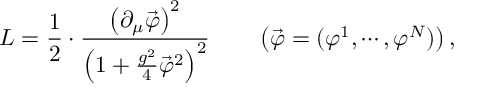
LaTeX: { \cal L } = \frac { 1 } { 2 } \cdot \frac { \left( \partial _ { \mu } \vec { \varphi } \right) ^ { 2 } } { \left( 1 + \frac { g ^ { 2 } } { 4 } \vec { \varphi } ^ { 2 } \right) ^ { 2 } } \qquad \left( \vec { \varphi } = ( \varphi ^ { 1 } , \cdots , \varphi ^ { N } ) \right) ,